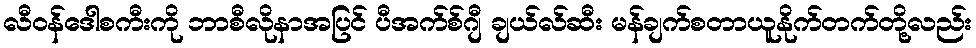
လီဝန်ဒေါစကီးကို ဘာစီလိုနာအပြင် ပီအက်စ်ဂျီ ချယ်လ်ဆီး မန်ချက်စတာယူနိုက်တက်တို့လည်း